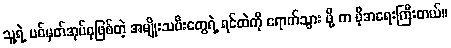
သူ့ရဲ့ ပစ်မှတ်အုပ်စုဖြစ်တဲ့ အမျိုးသမီးတွေရဲ့ ရင်ထဲကို ရောက်သွား ဖို့ က ပိုအရေးကြီးတယ်။